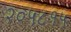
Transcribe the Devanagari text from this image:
२०५८१५